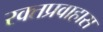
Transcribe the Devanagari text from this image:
रक्तप्रवाहास